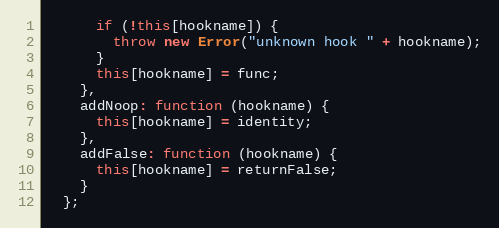
Language: JavaScript
      if (!this[hookname]) {
        throw new Error("unknown hook " + hookname);
      }
      this[hookname] = func;
    },
    addNoop: function (hookname) {
      this[hookname] = identity;
    },
    addFalse: function (hookname) {
      this[hookname] = returnFalse;
    }
  };